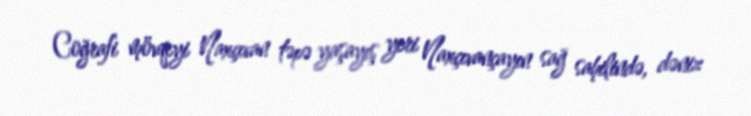
Coğrafi mövqeyi Naxçıvan təpə yaşayış yeri Naxçıvançayın sağ sahilində, dəniz